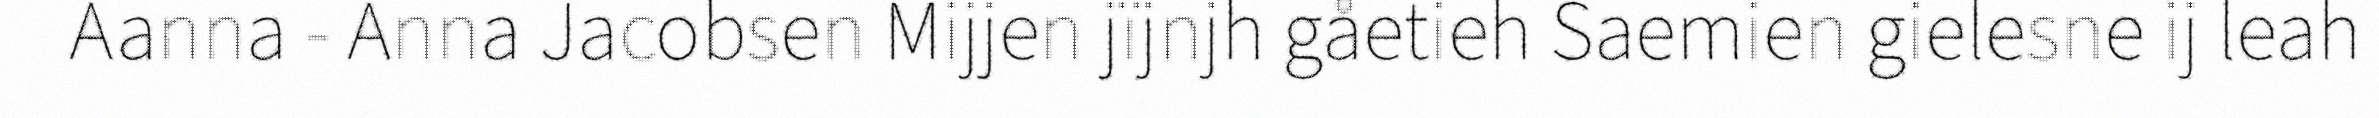
Aanna - Anna Jacobsen Mijjen jïjnjh gåetieh Saemien gielesne ij leah